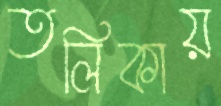
তলিকায়